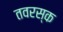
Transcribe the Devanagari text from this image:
तवरस्क